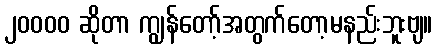
၂၀၀၀၀ ဆိုတာ ကျွန်တော့်အတွက်တော့မနည်းဘူးဗျ။